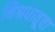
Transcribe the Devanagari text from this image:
मिश्रधातूचा